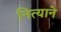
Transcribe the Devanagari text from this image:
नित्याने